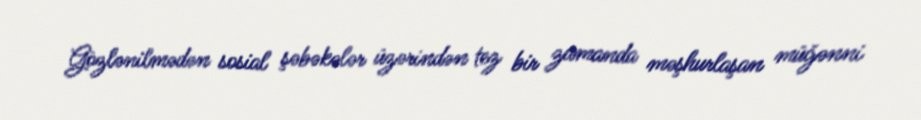
Gözlənilmədən sosial şəbəkələr üzərindən tez bir zamanda məşhurlaşan müğənni